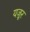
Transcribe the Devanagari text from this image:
यज़ूर